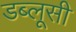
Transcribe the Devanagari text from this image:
डब्लूसी